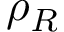
\rho _ { R }